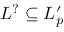
L ^ { ? } \subseteq L _ { p } ^ { \prime }